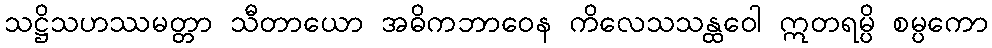
သဋ္ဌိသဟဿမတ္တာ သီတာယော အဓိကဘာဝေန ကိလေသသန္ထဝေါ ဣတရမ္ပိ စမ္ပကော